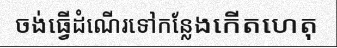
ចង់ធ្វើដំណើរទៅកន្លែងកើតហេតុ